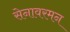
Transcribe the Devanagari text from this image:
सेनावरमन